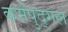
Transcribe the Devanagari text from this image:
कर्मपुद्गल